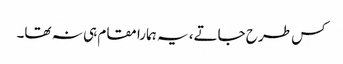
کس طرح جاتے، یہ ہمارا مقام ہی نہ تھا۔